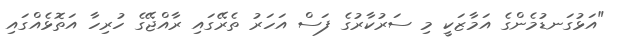
"އަޅުގަނޑުމެންގެ އަމާޒަކީ މި ސަރުކާރުގެ ފަސް އަހަރު ތެރޭގައި ރާއްޖޭގެ ހުރިހާ އަތޮޅެއްގައި